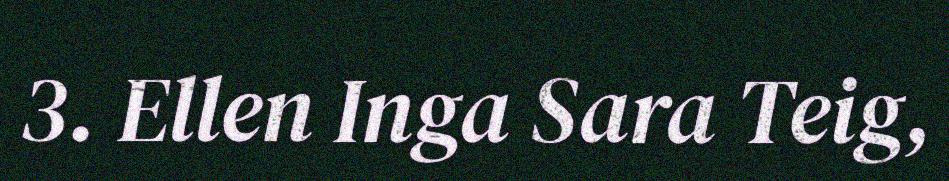
3. Ellen Inga Sara Teig,